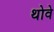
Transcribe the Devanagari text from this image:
थोवे